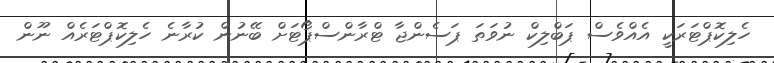
ހެލިކޮޕްޓަރަކީ އެއްވެސް ޕަބްލިކް ނުވަތަ ޕަސެންޖާ ޓްރާންސްޕޯޓަށް ބޭނުން ކުރާނެ ހެލިކޮޕްޓަރެއް ނޫން